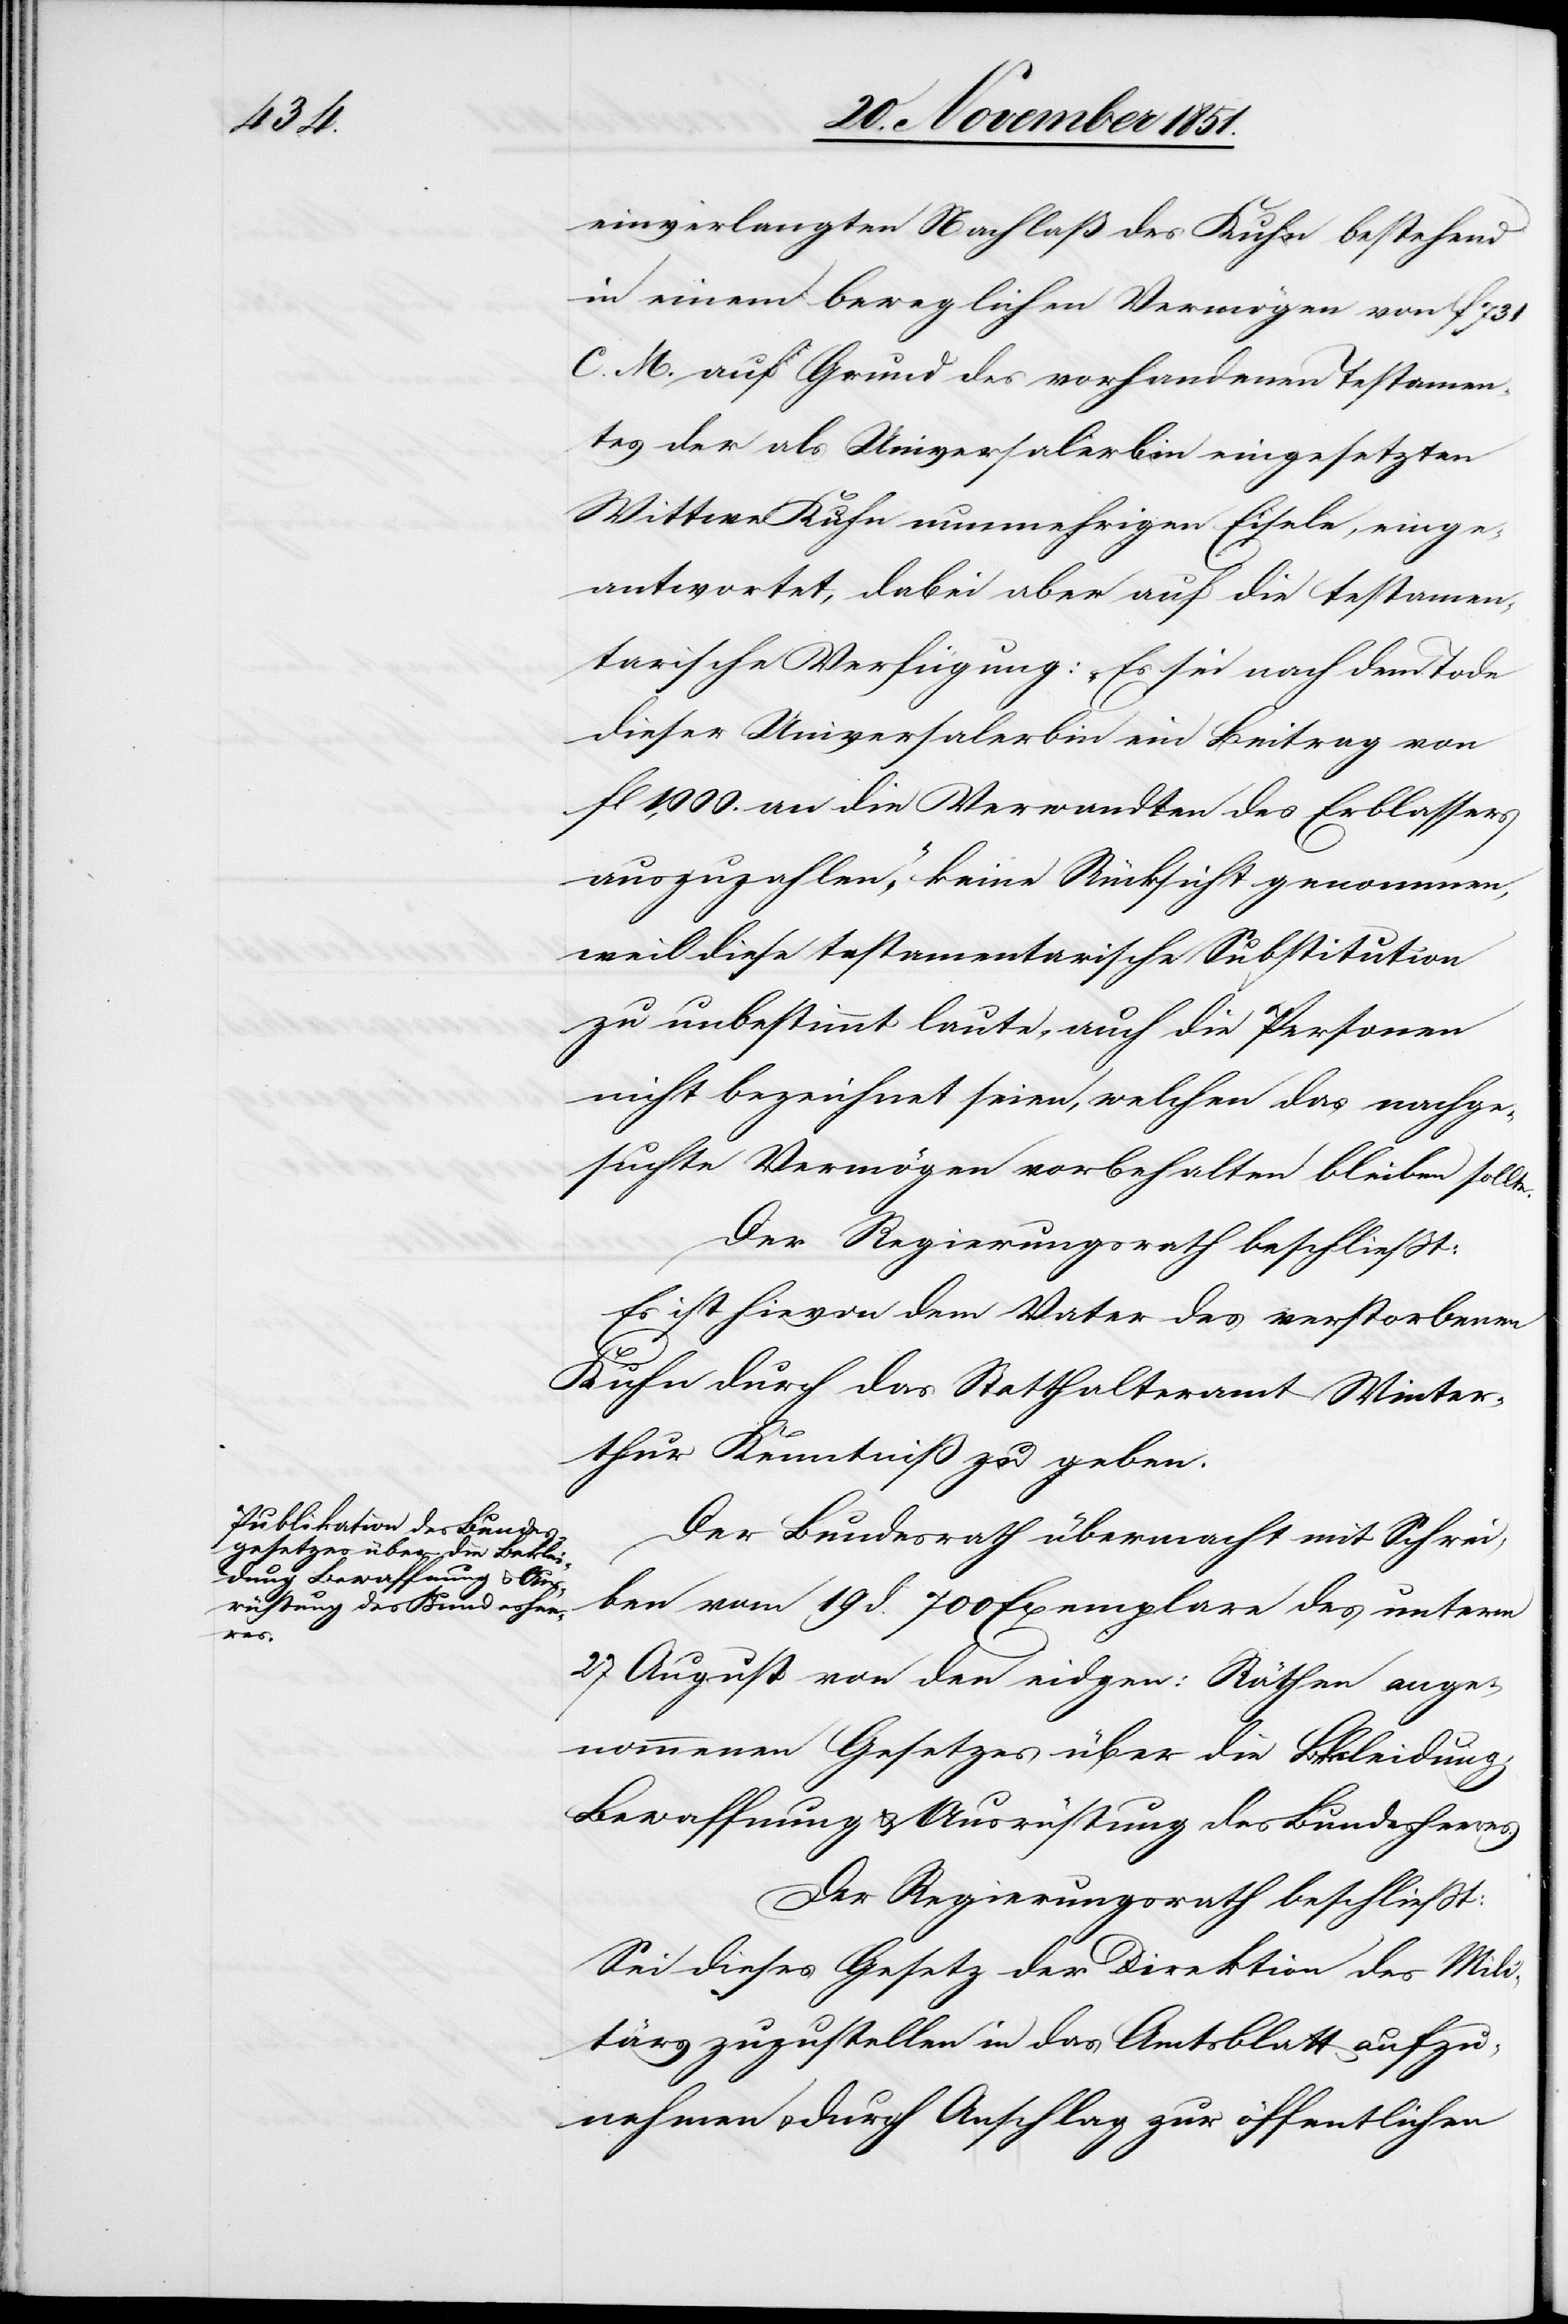
einverlangten Nachlaß des Kuhn bestehend
in einem beweglichen Vermögen von f 731
C. M. auf Grund des vorhandenen Testamen¬
tes der als Universalerbin eingesetzten
Wittwe Kuhn nunmehrigen Eisele, einge¬
antwortet, dabei aber auf die testamen¬
tarische Verfügung: „Es sei nach dem Tode
dieser Universalerbin ein Beitrag von
fl 1,000. an die Verwandten des Erblassers
auszuzahlen,“ keine Rücksicht genommen,
weil diese testamentarische Substitution
zu unbestimmt laute, auch die Personen
nicht bezeichnet seien, welchen das nachge¬
suchte Vermögen vorbehalten bleiben sollte.
Der Regierungsrath beschließt:
Es ist hievon dem Vater des verstorbenen
Kuhn durch das Statthalteramt Winter¬
thur Kenntniß zu geben.
Der Bundesrath übermacht mit Schrei¬
ben vom 19 d. 700 Exemplare des unterm
27 August von den eidgen: Räthen ange¬
nommenen Gesetzes über die Bekleidung,
Bewaffnung & Ausrüstung des Bundesheeres.
Der Regierungsrath beschließt:
Sei dieses Gesetz der Direktion des Mili¬
tärs zuzustellen[,] in das Amtsblatt aufzu¬
nehmen & durch Anschlag zur öffentlichen